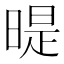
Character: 𣉆